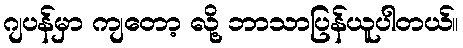
ဂျပန်မှာ ကျတော့ လို့ ဘာသာပြန်ယူပါတယ်။